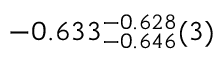
- 0 . 6 3 3 _ { - 0 . 6 4 6 } ^ { - 0 . 6 2 8 } ( 3 )